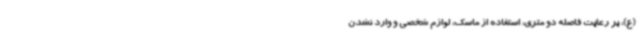
(ع)، بر رعایت فاصله دو متری، استفاده از ماسک، لوازم شخصی و وارد نشدن